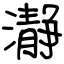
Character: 瀞